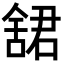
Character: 𬜋